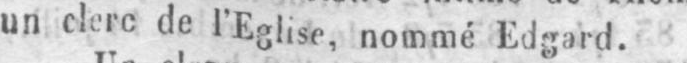
un clerc de l’Eglise nommé Edgard.